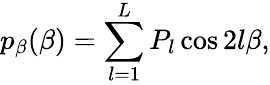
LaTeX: p_{\beta}(\beta)=\sum_{l=1}^{L}P_{l}\cos 2l\beta,